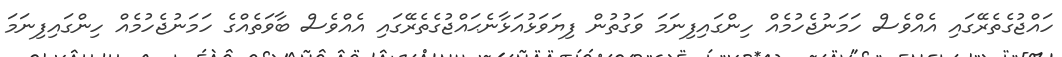
ހައްޖުގެތެރޭގައި އެއްވެސް ހަމަނުޖެހުމެއް ހިންގައިފިނަމަ ވަގުތުން ފިޔަވަޅުއަޅާނެޙައްޖުގެތެރޭގައި އެއްވެސް ބާވަތެއްގެ ހަމަނުޖެހުމެއް ހިންގައިފިނަމަ